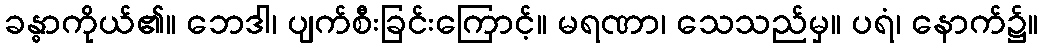
ခန္ဓာကိုယ်၏။ ဘေဒါ၊ ပျက်စီးခြင်းကြောင့်။ မရဏာ၊ သေသည်မှ။ ပရံ၊ နောက်၌။